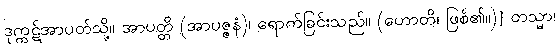
ဒုက္ကဋ်အာပတ်သို့။ အာပတ္တိ (အာပဇ္ဇနံ)၊ ရောက်ခြင်းသည်။ (ဟောတိ၊ ဖြစ်၏။)] တသ္မာ၊